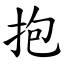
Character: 抱